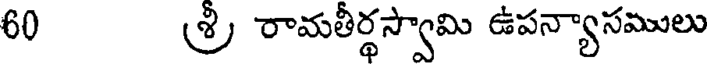
60 శ్రీ రామతీర్థస్వామి ఉపన్యాసములు